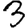
Digit: 3